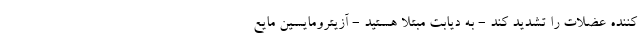
کننده عضلات را تشدید کند - به دیابت مبتلا هستید - آزیترومایسین مایع